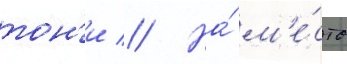
тон'и // На́ м'е́сто